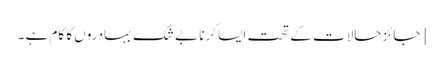
[ جائز حالات کے تحت ایسا کرنا بے شک بہادروں کا کام ہے ۔